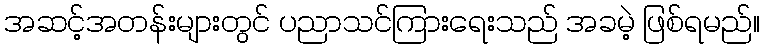
အဆင့်အတန်းများတွင် ပညာသင်ကြားရေးသည် အခမဲ့ ဖြစ်ရမည်။